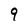
Character: 9